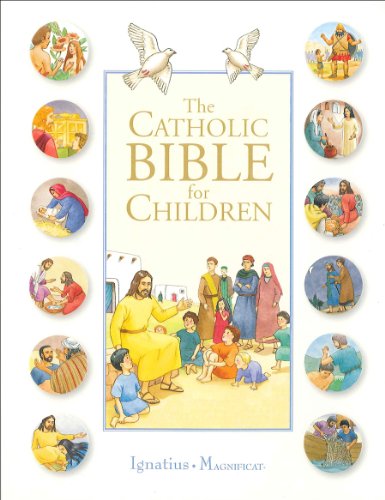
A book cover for The Catholic Bible for Children; Karine-Marie Amiot; Christian Books & Bibles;